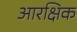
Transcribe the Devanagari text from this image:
आरक्षिक